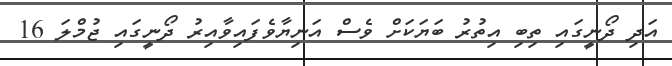
އަދި ދޯނީގައި ތިބި އިތުރު ބަޔަކަށް ވެސް އަނިޔާވެފައިވާއިރު ދޯނީގައި ޖުމްލަ 16